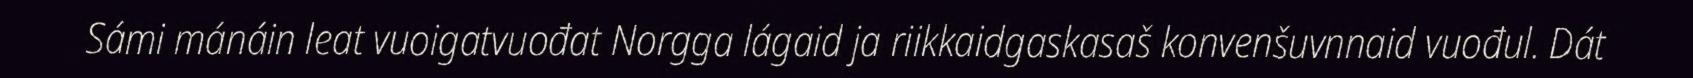
Sámi mánáin leat vuoigatvuođat Norgga lágaid ja riikkaidgaskasaš konvenšuvnnaid vuođul. Dát